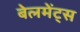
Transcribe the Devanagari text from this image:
बेलमेंट्स